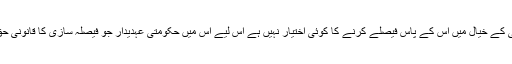
انہوں نے اس بات کی تصدیق کی کہ کمیٹی کے خیال میں اس کے پاس فیصلے کرنے کا کوئی اختیار نہیں ہے اس لیے اس میں حکومتی عہدیدار جو فیصلہ سازی کا قانونی حق رکھتے ہوں کی موجودگی ضروری ہے۔